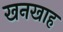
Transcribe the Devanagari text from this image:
खनखाह